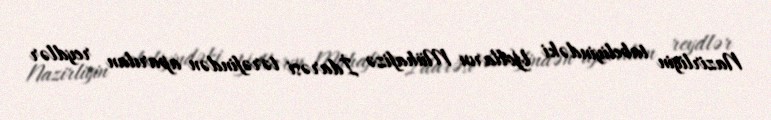
Nazirliyin tabeliyindəki Yolların Mühafizə İdarəsi tərəfindən aparılan reydlər